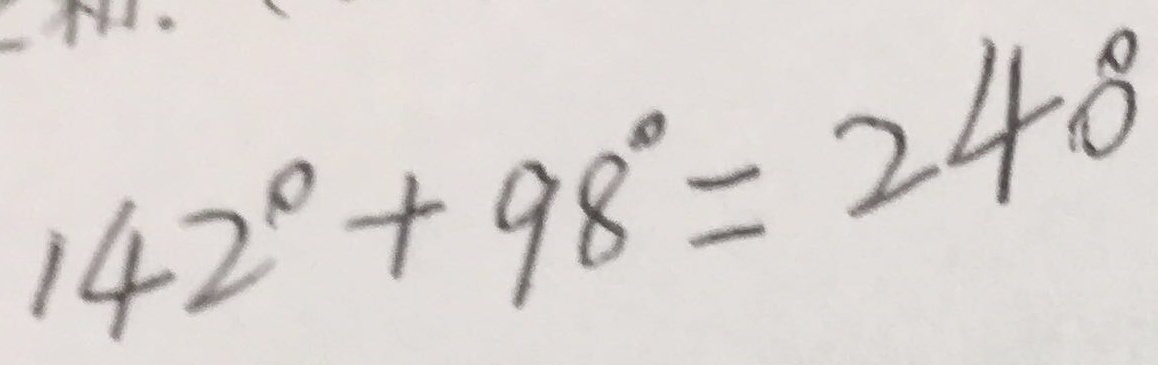
1 4 2 ^ { \circ } + 9 8 ^ { \circ } = 2 4 0 ^ { \circ }